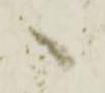
へ